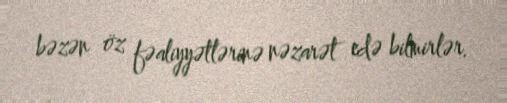
bəzən öz fəaliyyətlərinə nəzarət edə bilmirlər.